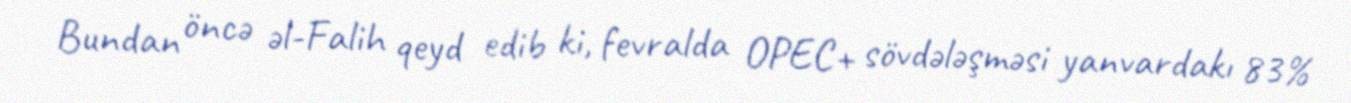
Bundan öncə əl-Falih qeyd edib ki, fevralda ОPEC+ sövdələşməsi yanvardakı 83%